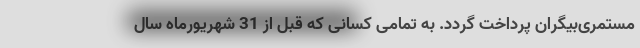
مستمری‌بیگران پرداخت گردد. به تمامی کسانی که قبل از 31 شهریورماه سال